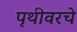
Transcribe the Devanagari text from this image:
पृथीवरचे